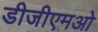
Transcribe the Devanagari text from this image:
डीजीएमओ